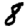
Digit: 8